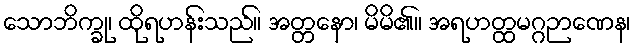
သောဘိက္ခု၊ ထိုရဟန်းသည်။ အတ္တနော၊ မိမိ၏။ အရဟတ္ထမဂ္ဂဉာဏေန၊